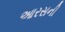
આરસની